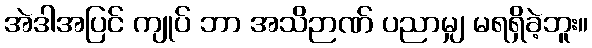
အဲဒါအပြင် ကျုပ် ဘာ အသိဉာဏ် ပညာမျှ မရရှိခဲ့ဘူး။